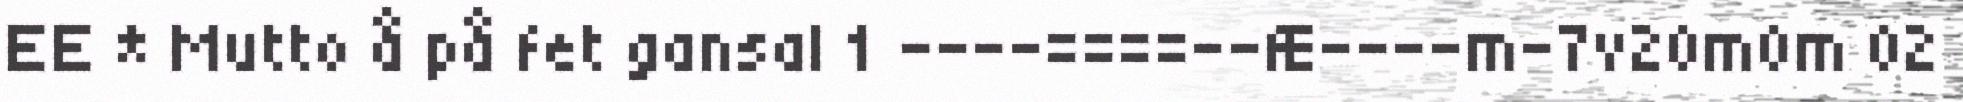
EE * Mutto å på fet gansal 1 ––––====––Æ––––m–7v20m0m 02